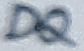
Text: DQ